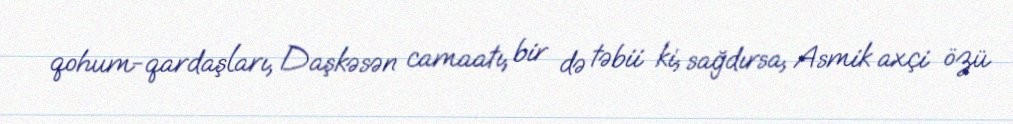
qohum-qardaşları, Daşkəsən camaatı, bir də təbii ki, sağdırsa, Asmik axçi özü